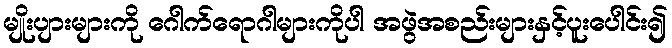
မျိုးပျားများကို ဂေါက်ရောဂါများကိုပါ အဖွဲအစည်းများနှင့်ပူးပေါင်း၍